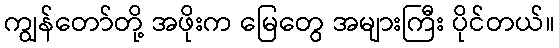
ကျွန်တော်တို့ အဖိုးက မြေတွေ အများကြီး ပိုင်တယ်။